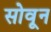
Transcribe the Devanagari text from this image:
सोवून